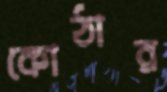
কোঠার